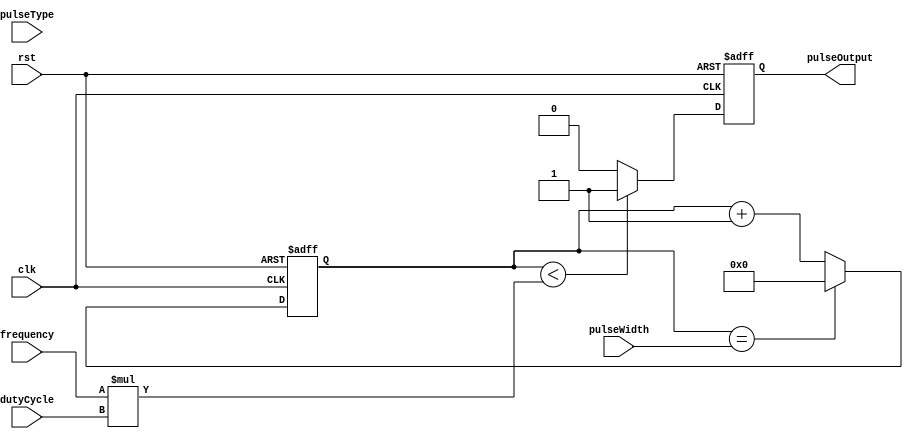
module ProgrammablePulseGenerator (
    input wire clk,
    input wire rst,
    input wire [7:0] pulseType, // 0:square, 1:triangular, 2:sawtooth
    
    input wire [7:0] pulseWidth,
    input wire [7:0] frequency,
    input wire [7:0] dutyCycle,
    
    output reg pulseOutput
);

reg [15:0] counter = 16'd0; // 16-bit counter for generating pulses

always @ (posedge clk or posedge rst) begin
    if (rst) begin
        counter <= 16'd0;
        pulseOutput <= 1'b0; // default output is low
    end else begin
        if (counter < (frequency * dutyCycle)) begin
            pulseOutput <= 1'b1; // output high when within duty cycle
        end else begin
            pulseOutput <= 1'b0; // output low when outside duty cycle
        end
        
        counter <= counter + 1;
        if (counter == pulseWidth) begin
            counter <= 16'd0; // reset counter after pulse width reached
        end
    end
end

endmodule